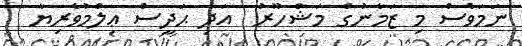
ނަމަވެސް މި ޒަމާނުގެ މަޝްހޫރު  އަދި ޙަދީސް ޢިލްމުވެރިޔާ